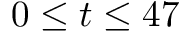
0 \le t \le 4 7